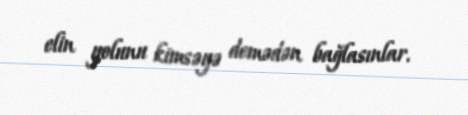
elin yolunu kimsəyə demədən bağlasınlar.